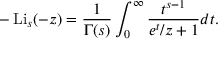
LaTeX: - \operatorname { L i } _ { s } ( - z ) = { \frac { 1 } { \Gamma ( s ) } } \int _ { 0 } ^ { \infty } { \frac { t ^ { s - 1 } } { e ^ { t } / z + 1 } } d t .